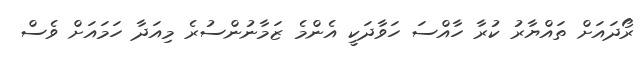
ރޯދައަށް ތައްޔާރު ކުރާ ހާއްސަ ހަވާދަކީ އެންމެ ޒަމާނުންސުރެ މިއަދާ ހަމައަށް ވެސް